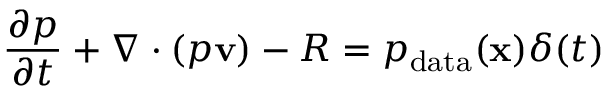
\frac { \partial p } { \partial t } + \nabla \cdot ( p \mathbf { v } ) - R = p _ { \mathrm { d a t a } } ( \mathbf { x } ) \delta ( t )